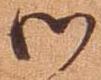
御